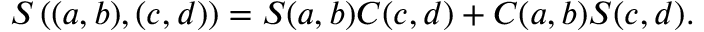
S \left( ( a , b ) , ( c , d ) \right) = S ( a , b ) C ( c , d ) + C ( a , b ) S ( c , d ) .